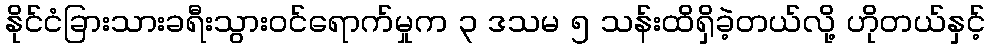
နိုင်ငံခြားသားခရီးသွားဝင်ရောက်မှုက ၃ ဒသမ ၅ သန်းထိရှိခဲ့တယ်လို့ ဟိုတယ်နှင့်